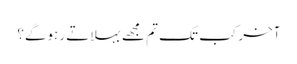
آخر کب تک تم مجھے بہلاتے رہوگے؟